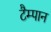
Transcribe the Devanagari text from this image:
टैम्पान